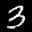
Label: 3